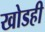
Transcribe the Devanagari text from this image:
खोडही